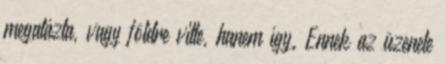
megalázta, vagy földre vitte, hanem így. Ennek az üzenete